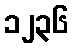
၁၂၃၆